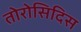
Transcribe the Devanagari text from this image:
तोरोसिदिस